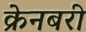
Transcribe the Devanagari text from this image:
क्रेनबरी